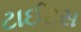
ટાઈટસ